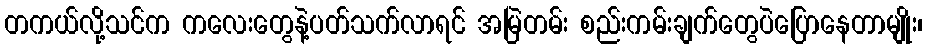
တကယ်လို့သင်က ကလေးတွေနဲ့ပတ်သက်လာရင် အမြဲတမ်း စည်းကမ်းချက်တွေပဲပြောနေတာမျိုး၊